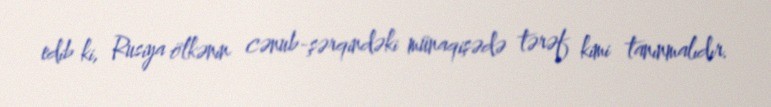
edib ki, Rusiya ölkənin cənub-şərqindəki münaqişədə tərəf kimi tanınmalıdır.